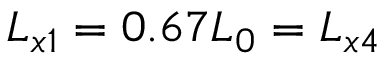
L _ { x 1 } = 0 . 6 7 L _ { 0 } = L _ { x 4 }